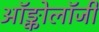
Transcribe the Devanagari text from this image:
ऑङ्कोलॉजी